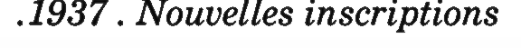
.1937 . Nouvelles inscriptions